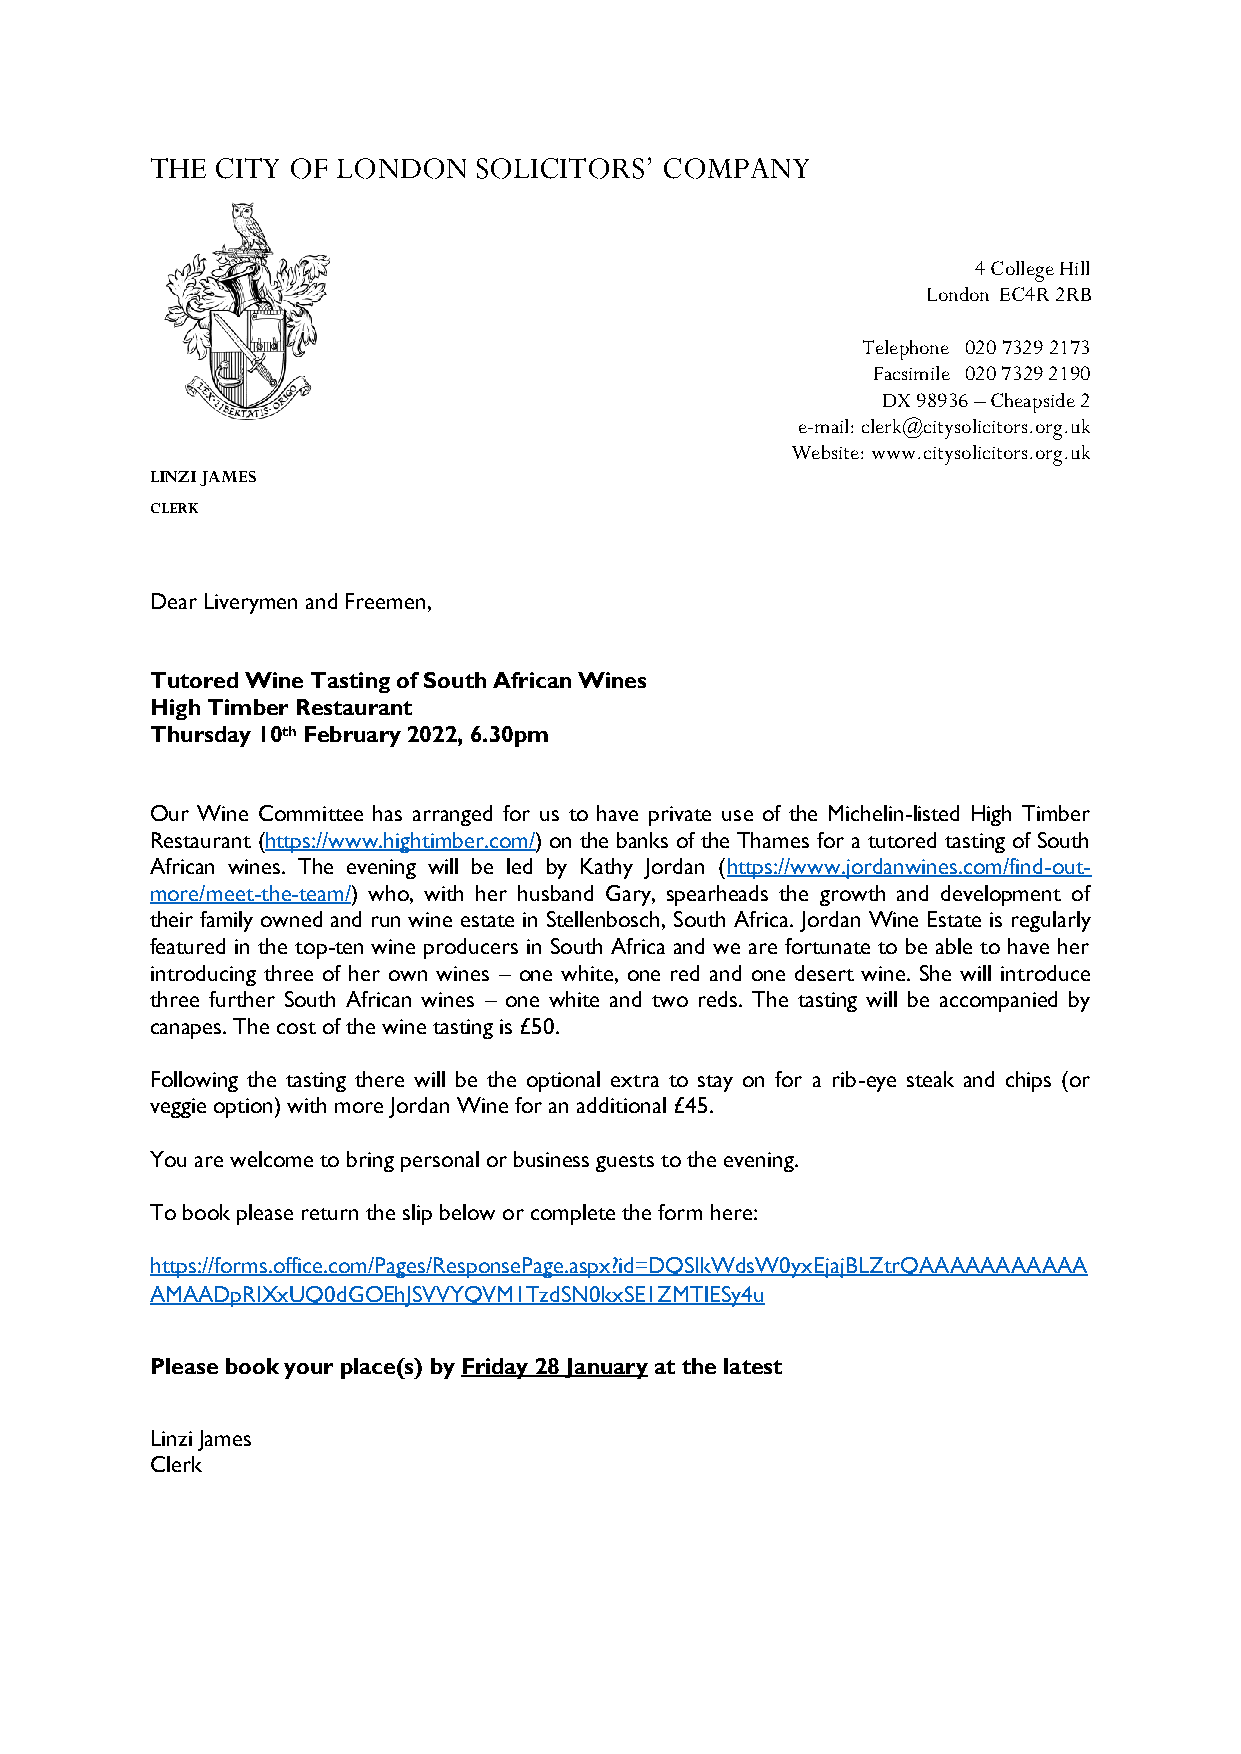
THE CITY OF LONDON    SOLICITORS’ COMPANY
 4 College Hill
 London EC4R 2RB
 Telephone 020 7329 2173
 Facsimile 020 7329 2190
 DX 98936 – Cheapside 2
 e-mail: clerk@citysolicitors.org.uk
 Website: www.citysolicitors.org.uk
 LINZI JAMES
 CLERK
 Dear Liverymen and Freemen,
 Tutored Wine Tasting of South African Wines
 High Timber Restaurant
 Thursday 10th February 2022, 6.30pm
 Our Wine Committee has arranged for us to have private use of the Michelin-listed High Timber
 Restaurant (https://www.hightimber.com/) on the banks of the Thames for a tutored tasting of South
 African wines. The evening will be led by Kathy Jordan (https://www.jordanwines.com/find-out-
 more/meet-the-team/) who, with her husband Gary, spearheads the growth and development of
 their family owned and run wine estate in Stellenbosch, South Africa. Jordan Wine Estate is regularly
 featured in the top-ten wine producers in South Africa and we are fortunate to be able to have her
 introducing three of her own wines – one white, one red and one desert wine. She will introduce
 three further South African wines – one white and two reds. The tasting will be accompanied by
 canapes. The cost of the wine tasting is £50.
 Following the tasting there will be the optional extra to stay on for a rib-eye steak and chips (or
 veggie option) with more Jordan Wine for an additional £45.
 You are welcome to bring personal or business guests to the evening.
 To book please return the slip below or complete the form here:
 https://forms.office.com/Pages/ResponsePage.aspx?id=DQSIkWdsW0yxEjajBLZtrQAAAAAAAAAAA
 AMAADpRIXxUQ0dGOEhJSVVYQVM1TzdSN0kxSE1ZMTlESy4u
 Please book your place(s) by Friday 28 January at the latest
 Linzi James
 Clerk